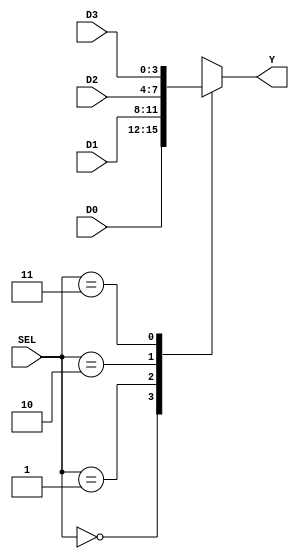
`timescale 1ns / 1ps
//////////////////////////////////////////////////////////////////////////////////
// Company: 
// Engineer: 
// 
// Design Name: 
// Module Name: mux4
// Project Name: 
// Target Devices: 
// Tool Versions: 
// Description: 
// 
// Dependencies: 
// 
// Revision:
// Revision 0.01 - File Created
// Additional Comments:
// 
//////////////////////////////////////////////////////////////////////////////////


module mux4(D0, D1, D2, D3, SEL, Y);
    input [3:0] D0, D1, D2, D3;
    input [1:0] SEL;   
    output reg [3:0] Y;
    
    always@(D0 or D1 or D2 or D3 or SEL)
    begin
        case(SEL)
            2'b00: Y = D0;
            2'b01: Y = D1;
            2'b10: Y = D2;
            2'b11: Y = D3;
        endcase
    end
endmodule